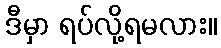
ဒီမှာ ရပ်လို့ရမလား။